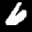
Label: 6